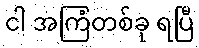
ငါ အကြံတစ်ခု ရပြီ